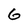
Character: G